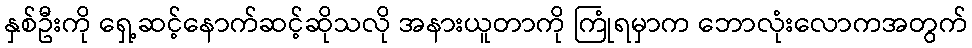
နှစ်ဦးကို ရှေ့ဆင့်နောက်ဆင့်ဆိုသလို အနားယူတာကို ကြုံရမှာက ဘောလုံးလောကအတွက်